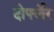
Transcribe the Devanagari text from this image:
दोर्फ्लेर